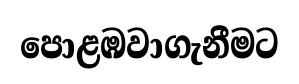
පොළඹවාගැනීමට